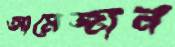
আমেজান